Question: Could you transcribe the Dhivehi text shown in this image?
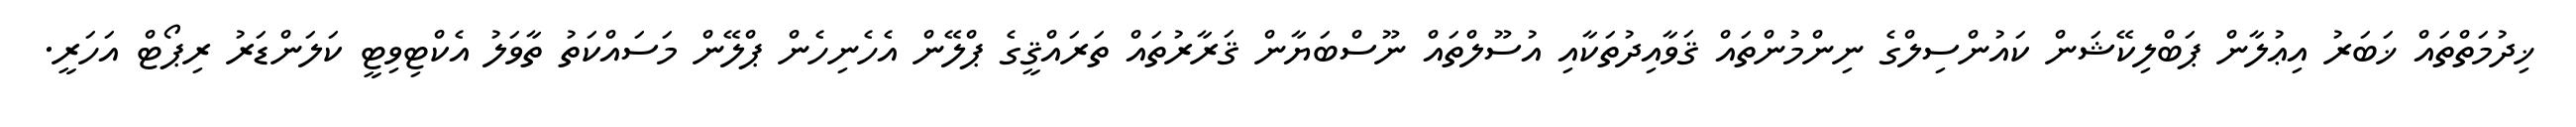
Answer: ޚިދުމަތްތައް ޚަބަރު އިޢުލާން ޕަބްލިކޭޝަން ކައުންސިލްގެ ނިންމުންތައް ޤަވާއިދުތަކާއި އުސޫލްތައް ނޫސްބަޔާން ޤަރާރުތައް ތަރައްޤީގެ ޕްލޭން އެހެނިހެން ޕްލޭން މަސައްކަތު ތާވަލު އެކްޓިވިޓީ ކަލަންޑަރު ރިޕޯޓް އަހަރީ.